Civil Veterinary Department. Central Provinces & Berar 1932-41 - 1932-1941
Year: 1932
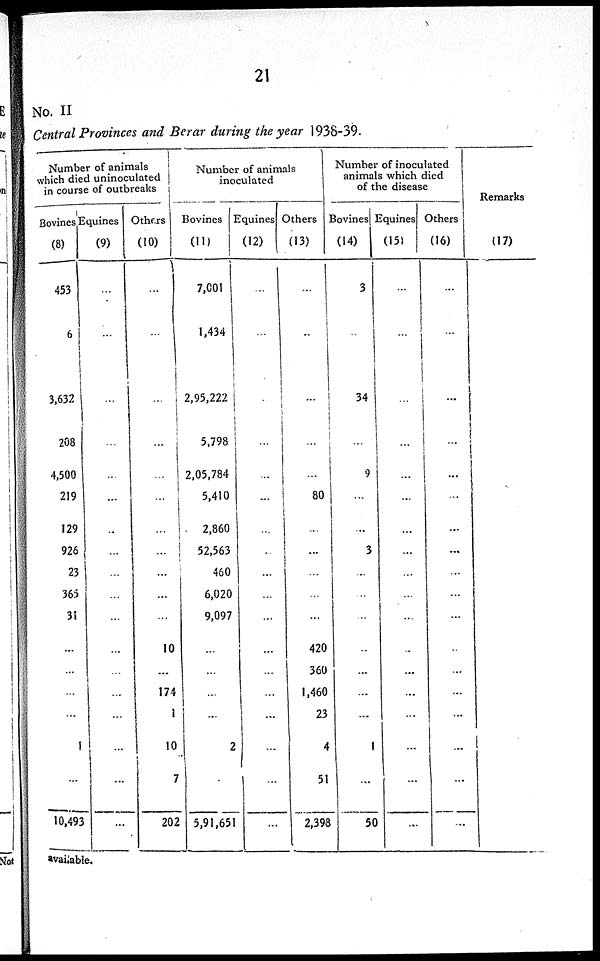
21
No. II
Central Provinces and Berar during the year 1938-39.
Number of animals
which died uninoculated
in course of outbreaks
Bovines
(8)
453
6
3,632
208
4,500
219
129
926
23
365
31
...
...
...
...
1
...
10,493
Equines
(9)
...
...
...
...
..
...
..
...
...
...
...
...
...
...
...
...
...
...
Others
(10)
...
...
...
...
...
...
...
...
...
...
...
10
...
174
1
10
7
202
Number of animals
inoculated
Bovines
(11)
7,001
1,434
2,95,222
5,798
2,05,784
5,410
2,860
52,563
460
6,020
9,097
...
...
...
...
2
5,91,651
Equines
(12)
...
...
...
...
...
...
...
...
...
...
...
...
...
...
...
...
...
...
Others
(13)
...
..
...
...
...
80
...
...
...
...
...
420
360
1,460
23
4
51
2,398
Number of inoculated
animals which died
of the disease
Bovines
(14)
3
..
34
...
9
...
...
3
...
..
..
...
...
...
...
1
...
50
Equines
(15)
...
...
...
...
...
...
...
...
...
...
...
..
...
...
...
...
...
...
Others
(16)
...
...
...
...
...
...
...
...
...
...
...
...
...
...
...
...
...
...
Remarks
(17)
...
...
...
...
...
...
...
...
...
...
...
...
...
...
...
...
...
...
available.